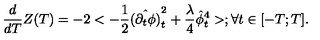
{ \frac { d } { d T } } Z ( T ) = - 2 < - { \frac { 1 } { 2 } } \hat { ( \partial _ { t } \phi ) } _ { t } ^ { 2 } + { \frac { \lambda } { 4 } } \hat { \phi } _ { t } ^ { 4 } > ; \forall t \in [ - T ; T ] .